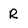
Character: R